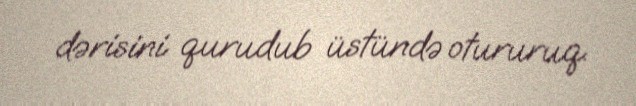
dərisini qurudub üstündə otururuq.